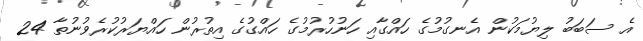
އެ ސަބަބު ލިޔުމަކުން އެނގުމުގެ ހައްގާއި ހަނުހުރުމުގެ ހައްގުގެ އިތުރުން ހައްޔަރުކުރެވުނުތާ 24